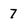
Character: 7